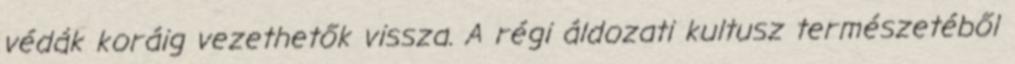
védák koráig vezethetők vissza. A régi áldozati kultusz természetéből